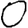
Digit: 0